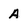
Character: A